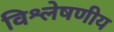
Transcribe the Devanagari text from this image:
विश्लेषणीय